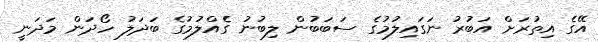
އޭގެ އިތުރަށް އަބުރު ނަގައިލުމުގެ ސަބަބުން ލިބުނު ގެއްލުމުގެ ބަދަލު ހޯދަން މަދަނީ